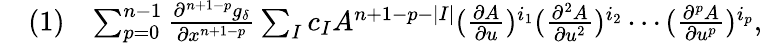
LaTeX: \begin{array}{rlr}&{(1)}&{\sum_{p=0}^{n-1}\frac{\partial^{n+1-p}g_{\delta}}{\partial x^{n+1-p}}\sum_{I}c_{I}A^{n+1-p-|I|}(\frac{\partial A}{\partial u})^{i_{1}}(\frac{\partial^{2}A}{\partial u^{2}})^{i_{2}}\cdots(\frac{\partial^{p}A}{\partial u^{p}})^{i_{p}},}\end{array}